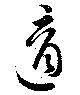
適